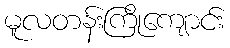
မူလတန်းကြိုကျောင်း